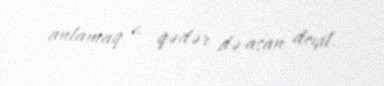
anlamaq o qədər də asan deyil.